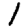
Digit: 1